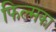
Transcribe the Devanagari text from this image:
फिल्मका